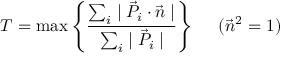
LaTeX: T = \mathrm { m a x } \left\{ \frac { \sum _ { i } \mid \vec { P } _ { i } \cdot \vec { n } \mid } { \sum _ { i } \mid \vec { P } _ { i } \mid } \right\} ~ ~ ~ ~ ( \vec { n } ^ { 2 } = 1 )